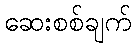
ဆေးစစ်ချက်